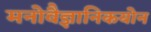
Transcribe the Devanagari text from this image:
मनोवैज्ञानिकयोन